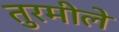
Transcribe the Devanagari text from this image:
तुरमीले